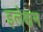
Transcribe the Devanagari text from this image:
इलेक्षन